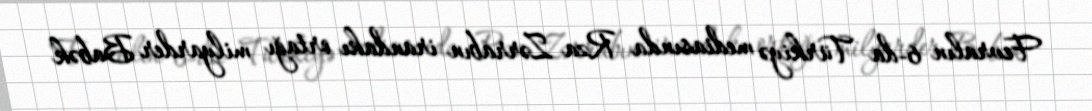
Fevralın 6-da Türkiyə mediasında Rza Zərrabın irandakı ortağı milyarder Babək